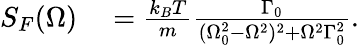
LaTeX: \begin{array}{rl}{S_{F}(\Omega)}&{{}=\frac{k_{B}T}{m}\frac{\Gamma_{0}}{(\Omega_{0}^{2}-\Omega^{2})^{2}+\Omega^{2}\Gamma_{0}^{2}}.}\end{array}